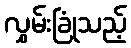
လွှမ်းခြုံသည့်